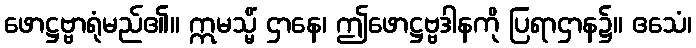
ဖောဋ္ဌဗ္ဗာရုံမည်၏။ ဣမသ္မိံ ဌာနေ၊ ဤဖောဋ္ဌဗ္ဗဒါနကို ပြရာဌာန၌။ ဧသေံ၊